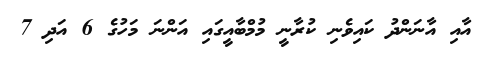
އާއި އާނަންދު ކައިވެނި ކުރާނީ މުމްބާއީގައި އަންނަ މަހުގެ 6 އަދި 7